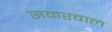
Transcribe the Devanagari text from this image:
सकरवाल